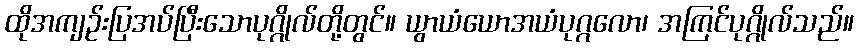
ထိုအကျဉ်းပြအပ်ပြီးသောပုဂ္ဂိုလ်တို့တွင်။ ယွာယံယောအယံပုဂ္ဂလော၊ အကြင်ပုဂ္ဂိုလ်သည်။